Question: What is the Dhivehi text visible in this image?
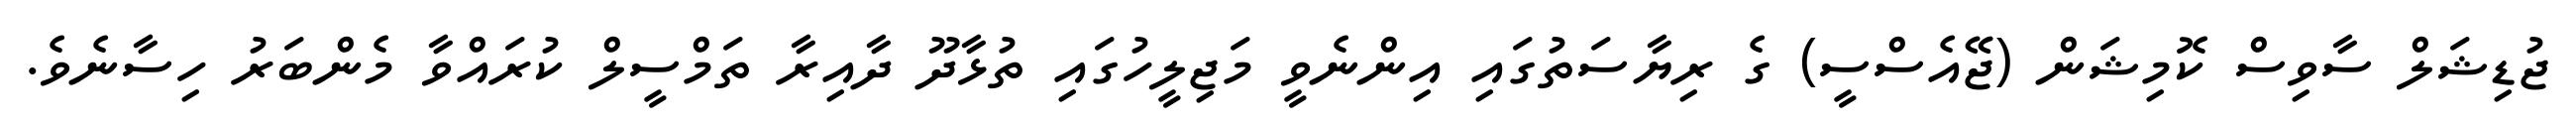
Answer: ޖުޑިޝަލް ސާވިސް ކޮމިޝަން (ޖޭއެސްސީ) ގެ ރިޔާސަތުގައި އިންނެވީ މަޖިލީހުގައި ތުޅާދޫ ދާއިރާ ތަމްސީލް ކުރައްވާ މެންބަރު ހިސާނެވެ.